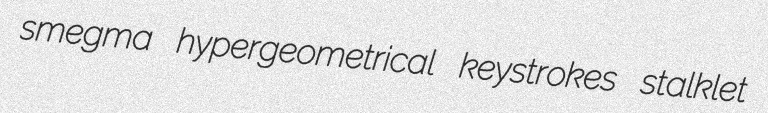
smegma hypergeometrical keystrokes stalklet